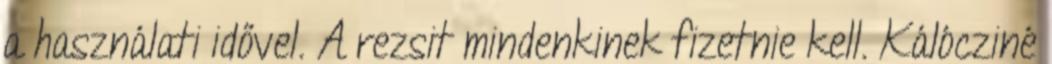
a használati idővel. A rezsit mindenkinek fizetnie kell. Kálócziné